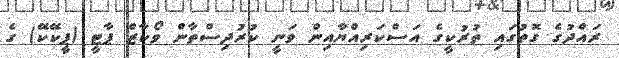
ރައްދުގެ ގޮތުގައި ތުރުކީގެ އަސްކަރިއްޔާއިން ވަނީ ކުރުދިސްތާން ވޯކާޒް ޕާޓީ (ޕީކޭކޭ) ގެ